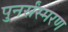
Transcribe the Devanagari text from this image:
पुनर्संस्मरण